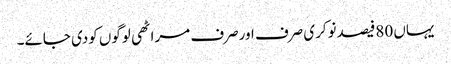
یہاں 80فیصدنوکری صرف اورصرف مراٹھی لوگوں کودی جائے۔